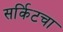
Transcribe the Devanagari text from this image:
सर्किटचा